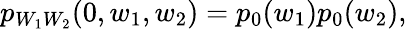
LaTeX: \begin{array}{r}{p_{W_{1}W_{2}}(0,w_{1},w_{2})=p_{0}(w_{1})p_{0}(w_{2}),}\end{array}